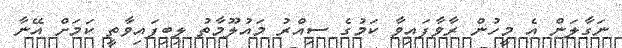
ނަގާލަން އެ މީހުން ރާވާފައިވާ ކަމުގެ ސިއްރު މައުލޫމާތު ލިބިފައިވާތީ ކަމަށް އޭނާ